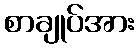
စာချုပ်အား